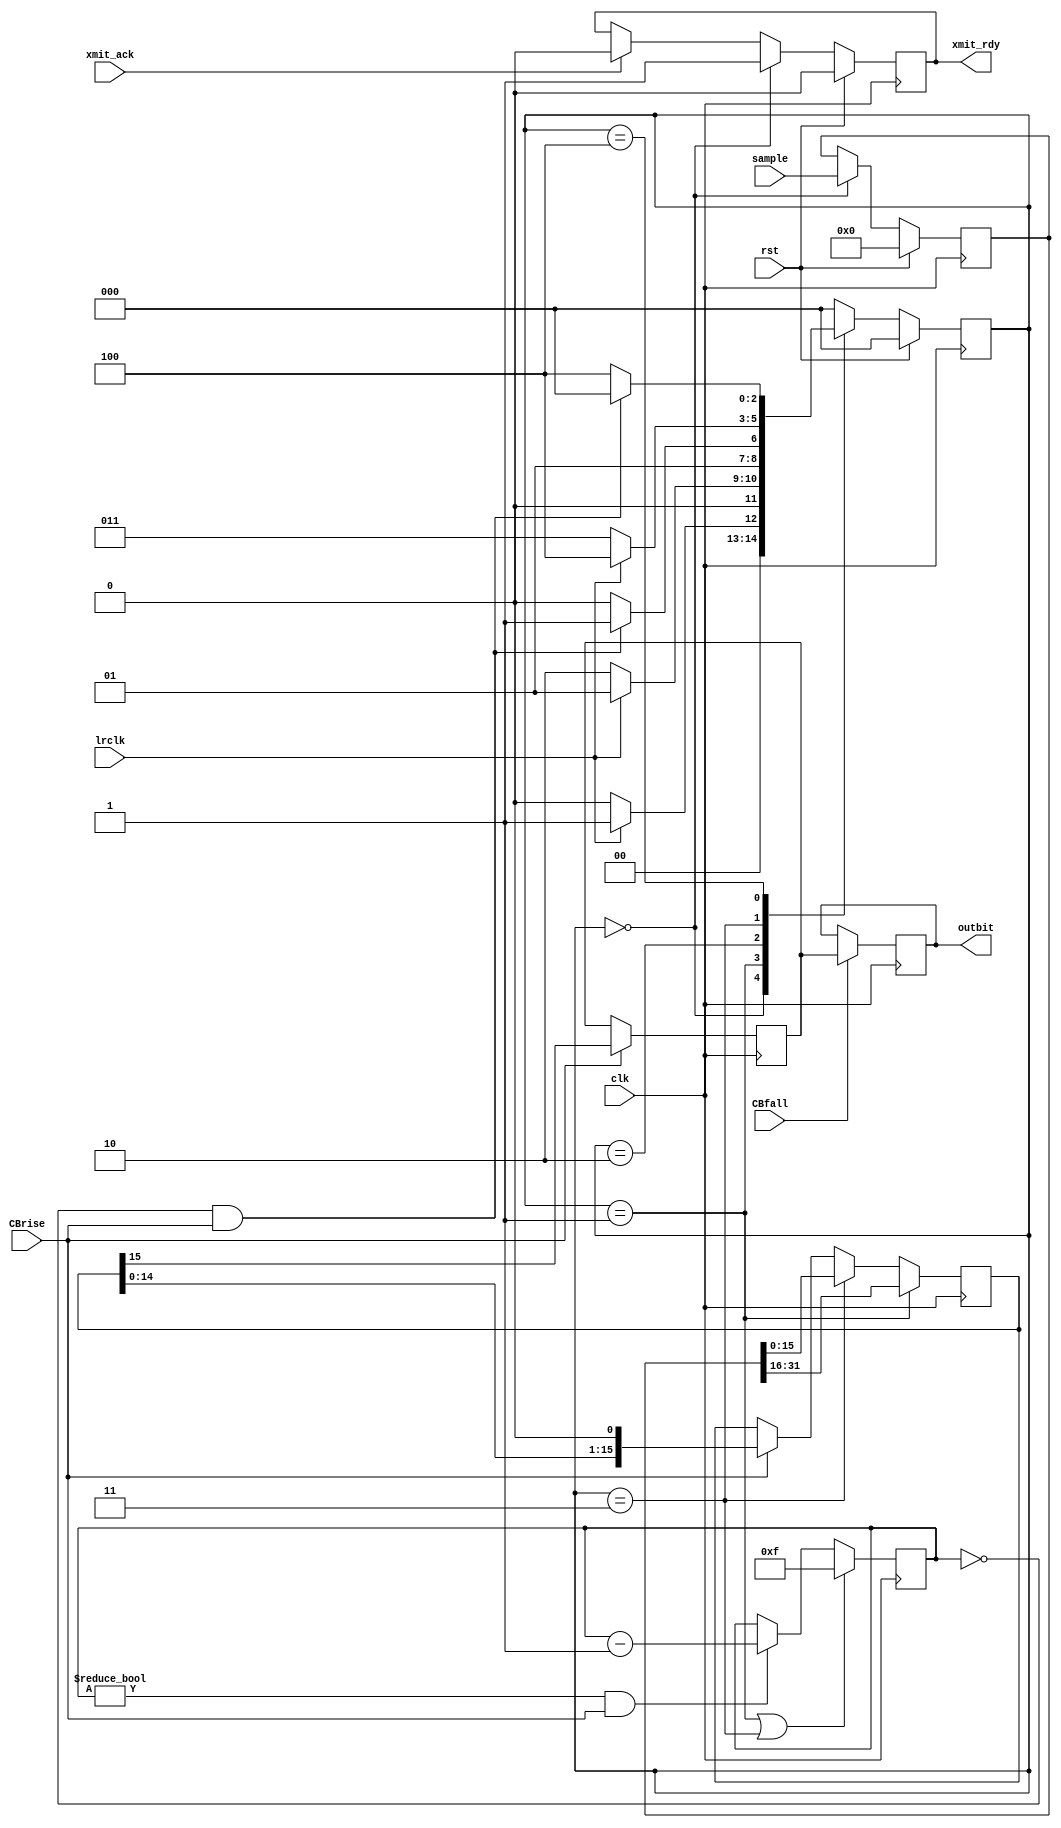
//
//  HPSDR - High Performance Software Defined Radio
//
//  Metis code. 
//
//  This program is free software; you can redistribute it and/or modify
//  it under the terms of the GNU General Public License as published by
//  the Free Software Foundation; either version 2 of the License, or
//  (at your option) any later version.
//
//  This program is distributed in the hope that it will be useful,
//  but WITHOUT ANY WARRANTY; without even the implied warranty of
//  MERCHANTABILITY or FITNESS FOR A PARTICULAR PURPOSE.  See the
//  GNU General Public License for more details.
//
//  You should have received a copy of the GNU General Public License
//  along with this program; if not, write to the Free Software
//  Foundation, Inc., 59 Temple Place, Suite 330, Boston, MA  02111-1307  USA



// I2S_xmit - copyright 2010, 2011 Kirk Weedman KD7IRS



// By Kirk Weedman KD7IRS - Feb 27 2009
// 
// Implements I2S transmit, DATA_BITS of data per channel, two channels 
// 
// 
// In I2S mode the MSB of the left sample is available on the second rising edge of BCLK
// following a falling  edge on lrclk.  Simiarily the MSB of the right sample will be available on 
// the second rising edge of BCLK following the rising edge of lrclk.

// NOTE: the data to send is latched on the positive edge of lrclk
`timescale 1ns/100ps

module I2S_xmit (rst, lrclk, clk, CBrise, CBfall, sample, outbit, xmit_rdy, xmit_ack);

parameter DATA_BITS = 32; // MUST be an even number
parameter TPD = 5;

localparam SB = DATA_BITS;         // size of sample input
localparam NB = DATA_BITS/2;       // size of left or right data
localparam NS = clogb2(NB-1);

input  wire          rst;
input  wire          lrclk;        // left/right clock 
input  wire          clk;          // system clock that generates BCLK
input  wire          CBrise;       // CBCLK rising edge trigger 
input  wire          CBfall;       // CBCLK rising edge trigger - when to change data 
input  wire [SB-1:0] sample;       // left & right data to be clocked out 
output reg           outbit;       // output bit 
output reg           xmit_rdy;     // ready for more data
input  wire          xmit_ack;     // acknowledge handshake

reg   [NB-1:0] data;               // data to be clocked out 
reg   [SB-1:0] last_data; 
reg   [NS-1:0] bit_count;          // how many bits clocked, must prst to MSB 
reg      [2:0] TLV_state;
reg      [2:0] TLV_state_next;
reg            obit;

localparam TLV_IDLE   = 0,
           TLV_WH     = 1,
           TLV_LR_LO  = 2,
           TLV_WL     = 3,
           TLV_LR_HI  = 4;

//assign #TPD xmit_done = (TLV_state == TLV_IDLE);

always @(posedge clk)
begin
  if (rst)
    TLV_state <= #TPD TLV_IDLE;
  else
    TLV_state <= #TPD TLV_state_next;
  // the I2S data must be available/setup before the 2nd postive edge of bclk after the clrclk goes

  if (rst)
    xmit_rdy <= #TPD 1'b0;
  else if (TLV_state == TLV_IDLE) // save samples in this state
    xmit_rdy <= #TPD 1'b1;
  else if (xmit_ack) // clear xmit_rdy
    xmit_rdy <= #TPD 1'b0;

  if (rst)
    last_data <= #TPD 1'b0;
  else if (TLV_state == TLV_IDLE) // save samples in this state
    last_data <= #TPD sample;

  if (TLV_state == TLV_WH) // load
    data <= #TPD last_data[SB-1:NB]; // Left Data
  else if (TLV_state == TLV_WL) // load
    data <= #TPD last_data[NB-1:0]; // Right Data
  else if (CBrise)
    data <= #TPD data << 1;  // shift out MSB first

  if (CBrise)
    obit <= #TPD data[NB-1];

  if (CBfall)
    outbit <= #TPD obit;

  if ((TLV_state == TLV_WH) || (TLV_state == TLV_WL))
    bit_count <= #TPD NB - 1'b1;
  else if ((bit_count != 0) && CBrise)
    bit_count <= #TPD bit_count - 1'b1;
end 

always @*
begin
  case(TLV_state)
    TLV_IDLE:
    begin
      if (!lrclk)
        TLV_state_next = TLV_IDLE;      // loop until lrclk is high
      else
        TLV_state_next = TLV_WH;
    end

    TLV_WH:
    begin
      if (lrclk)
        TLV_state_next = TLV_WH;        // loop until lrclk is low
      else      
        TLV_state_next = TLV_LR_LO;
    end

    TLV_LR_LO:
    begin
      if ((bit_count == 0) & CBrise)   // wait till full length of last bit has finished
        TLV_state_next = TLV_WL; 
      else
        TLV_state_next = TLV_LR_LO;  
    end

    TLV_WL:
    begin
      if (!lrclk)
        TLV_state_next = TLV_WL;        // loop until lrclk is high
      else
        TLV_state_next = TLV_LR_HI;
    end

    TLV_LR_HI:
    begin
      if ((bit_count == 0) & CBrise)   // wait till full length of last bit has finished
        TLV_state_next = TLV_IDLE;      // done so start again
      else
        TLV_state_next = TLV_LR_HI;
    end 
  
    default:
      TLV_state_next = TLV_IDLE;
  endcase
end

function integer clogb2;
input [31:0] depth;
begin
  for(clogb2=0; depth>0; clogb2=clogb2+1)
  depth = depth >> 1;
end
endfunction

endmodule